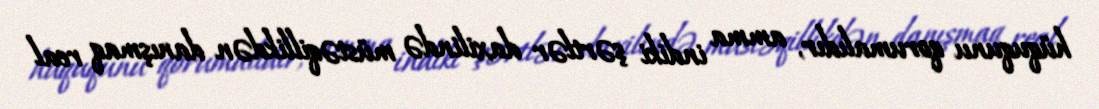
hüququnu qorumalıdır, amma indiki şərtlər daxilində müstəqillikdən danışmaq real